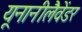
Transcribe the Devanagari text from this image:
यूनानीलैवेंडर